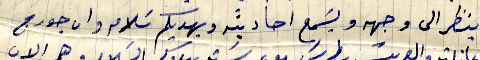
وينظر الى وجهه ويَسمع احاديثه ويهديكم سَلامه وان جورج